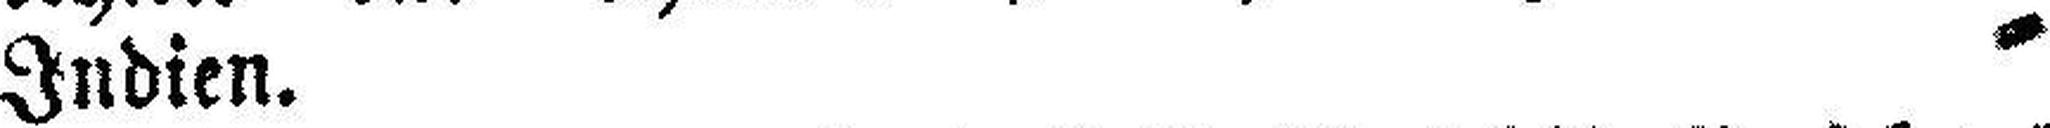
Indien.